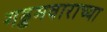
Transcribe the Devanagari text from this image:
गड्डमवाराच्या